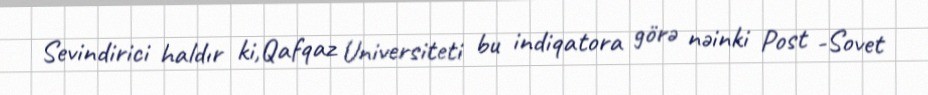
Sevindirici haldır ki,Qafqaz Universiteti bu indiqatora görə nəinki Post -Sovet